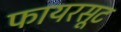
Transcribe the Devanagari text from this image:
फायरसूट